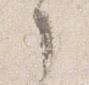
了